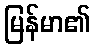
မြန်မာ၏